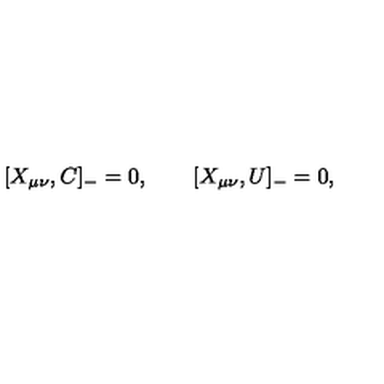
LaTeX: [ X _ { \mu \nu } , C ] _ { - } = 0 , \qquad [ X _ { \mu \nu } , U ] _ { - } = 0 ,